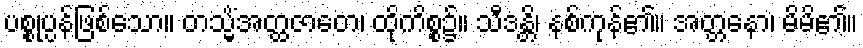
ပစ္စုပ္ပန်ဖြစ်သော။ တသ္မိံအတ္ထဇာတေ၊ ထိုကိစ္စ၌။ သီဒန္တိ၊ နစ်ကုန်၏။ အတ္တနော၊ မိမိ၏။